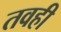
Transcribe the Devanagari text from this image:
तवही